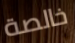
خالصة